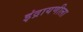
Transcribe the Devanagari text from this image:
इंद्रायणीला